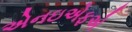
એનઇએફએ